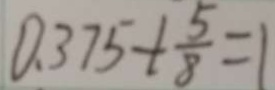
0 . 3 7 5 + \frac { 5 } { 8 } = 1